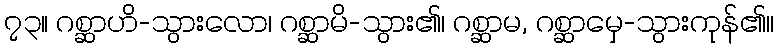
၇၃။ ဂစ္ဆာဟိ-သွားလော၊ ဂစ္ဆာမိ-သွား၏၊ ဂစ္ဆာမ, ဂစ္ဆာမှေ-သွားကုန်၏၊၊